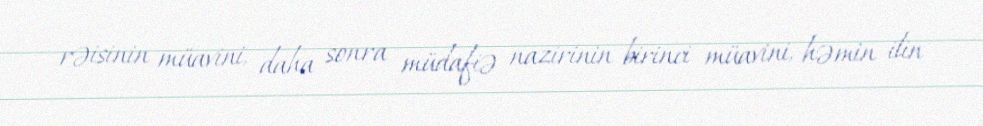
rəisinin müavini, daha sonra müdafiə nazirinin birinci müavini, həmin ilin